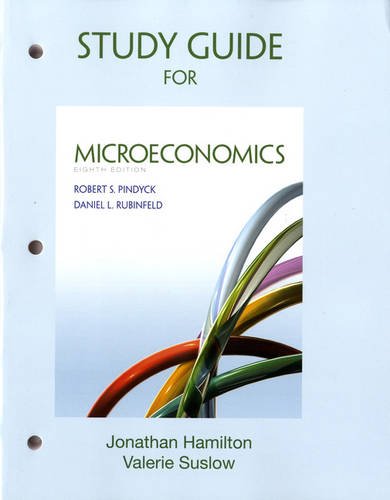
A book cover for Study Guide for Microeconomics; Robert Pindyck; Business & Money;